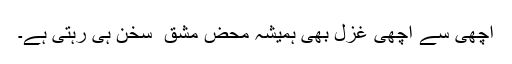
اچھی سے اچھی غزل بھی ہمیشہ محض مشق ِ سخن ہی رہتی ہے۔